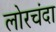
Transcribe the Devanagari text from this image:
लोरचंदा